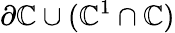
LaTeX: \partial\mathbb{C}\cup(\mathcal{{\mathbb{C}}}^{1}\cap\mathbb{C})